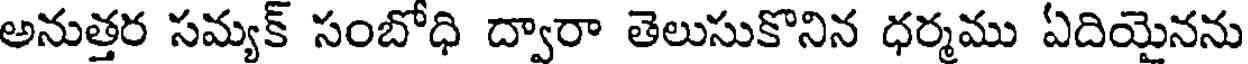
అనుత్తర సమ్యక్ సంబోధి ద్వారా తెలుసుకొనిన ధర్మము ఏదియైనను